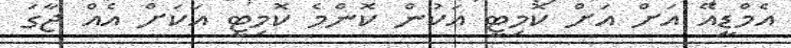
އެމްޑީއޭ އަށް އަށް ކޮމިޓީ އަކުން ކޮންމެ ކޮމިޓީ އަކަށް އެއް ޖާގަ